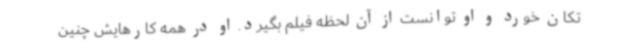
تکان خورد و او توانست از آن لحظه فیلم بگیرد. او در همه کارهایش چنین